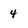
Character: 4